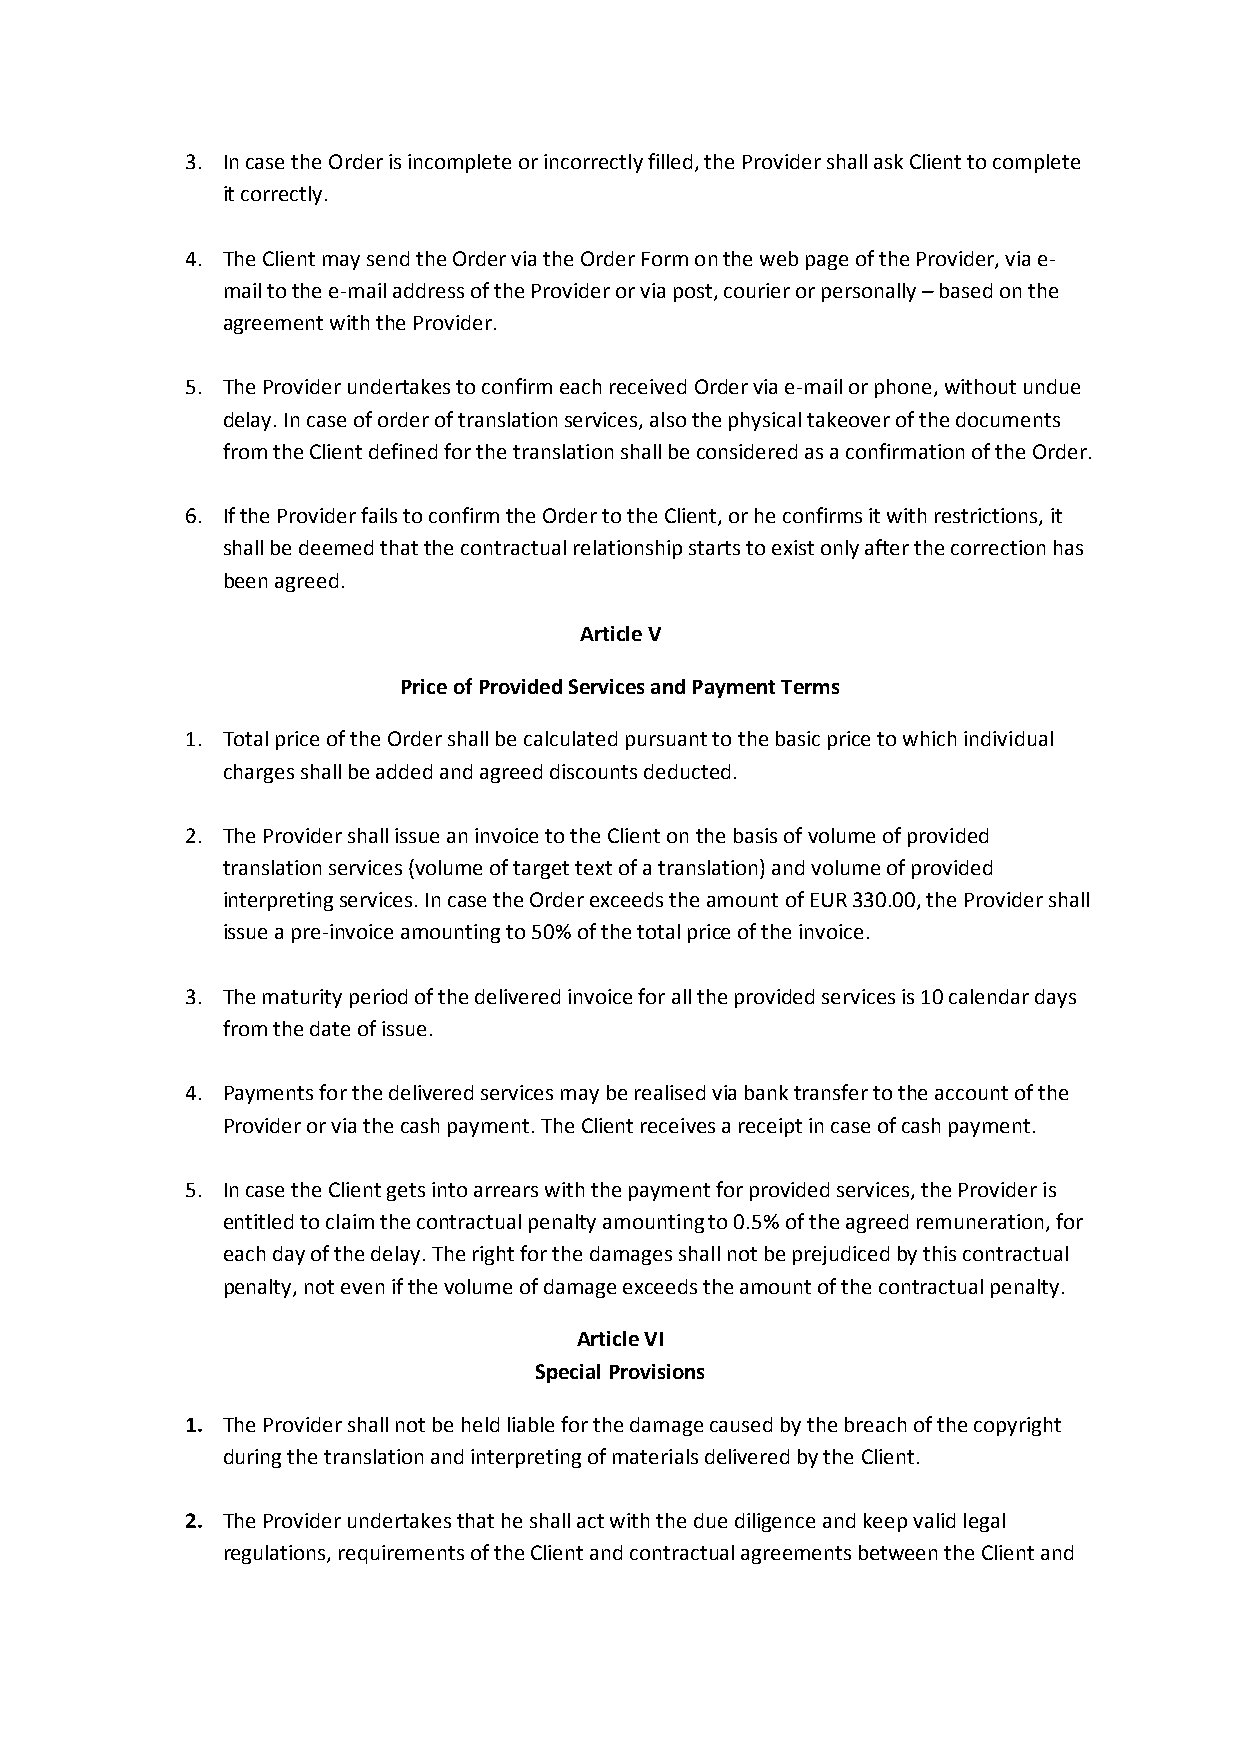
3. In case the Order is incomplete or incorrectly filled, the Provider shall ask Client to complete
 it correctly.
 4. The Client may send the Order via the Order Form on the web page of the Provider, via e-
 mail to the e-mail address of the Provider or via post, courier or personally – based on the
 agreement with the Provider.
 5. The Provider undertakes to confirm each received Order via e-mail or phone, without undue
 delay. In case of order of translation services, also the physical takeover of the documents
 from the Client defined for the translation shall be considered as a confirmation of the Order.
 6. If the Provider fails to confirm the Order to the Client, or he confirms it with restrictions, it
 shall be deemed that the contractual relationship starts to exist only after the correction has
 been agreed.
 Article V
 Price of Provided Services and Payment Terms
 1. Total price of the Order shall be calculated pursuant to the basic price to which individual
 charges shall be added and agreed discounts deducted.
 2. The Provider shall issue an invoice to the Client on the basis of volume of provided
 translation services (volume of target text of a translation) and volume of provided
 interpreting services. In case the Order exceeds the amount of EUR 330.00, the Provider shall
 issue a pre-invoice amounting to 50% of the total price of the invoice.
 3. The maturity period of the delivered invoice for all the provided services is 10 calendar days
 from the date of issue.
 4. Payments for the delivered services may be realised via bank transfer to the account of the
 Provider or via the cash payment. The Client receives a receipt in case of cash payment.
 5. In case the Client gets into arrears with the payment for provided services, the Provider is
 entitled to claim the contractual penalty amounting to 0.5% of the agreed remuneration, for
 each day of the delay. The right for the damages shall not be prejudiced by this contractual
 penalty, not even if the volume of damage exceeds the amount of the contractual penalty.
 Article VI
 Special Provisions
 1. The Provider shall not be held liable for the damage caused by the breach of the copyright
 during the translation and interpreting of materials delivered by the Client.
 2. The Provider undertakes that he shall act with the due diligence and keep valid legal
 regulations, requirements of the Client and contractual agreements between the Client and